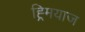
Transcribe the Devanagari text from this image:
ह्र्मियाज